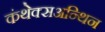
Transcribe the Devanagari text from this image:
कंथेक्सअन्थिन